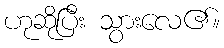
ဟုဆိုပြီး သွားလေ၏။